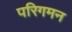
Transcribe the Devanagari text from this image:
परिगमन